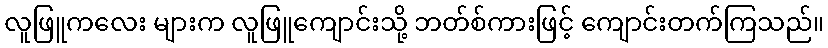
လူဖြူကလေး များက လူဖြူကျောင်းသို့ ဘတ်စ်ကားဖြင့် ကျောင်းတက်ကြသည်။